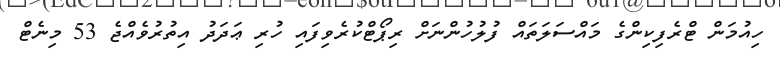
ހިއުމަން ޓްރެފިކިންގެ މައްސަލަތައް ފުލުހުންނަށް ރިޕޯޓްކުރެވިފައި ހުރި ޢަދަދު އިތުރުވެއްޖެ 53 މިނެޓް